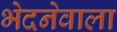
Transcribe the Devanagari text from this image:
भेदनेवाला